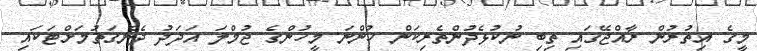
މީގެ އިތުރުން ރާއްޖޭގައި ތިބި ނުކުޅެދުންތެރިކަން ހުންނަ މީހުންގެ ޖުމްލަ އަދަދު ދެނެގަތުމަށްޓަކައި